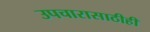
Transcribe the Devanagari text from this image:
उपचारासाठीही